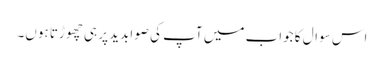
اس سوال کا جواب میں آپ کی صوابدید پر ہی چھوڑتا ہوں۔